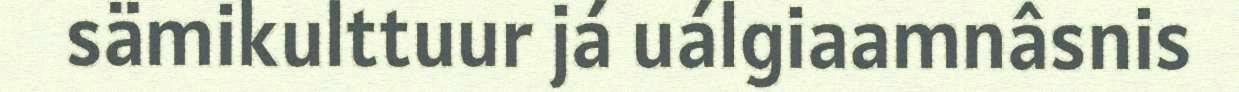
sämikulttuur já uálgiaamnâsnis